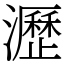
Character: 瀝